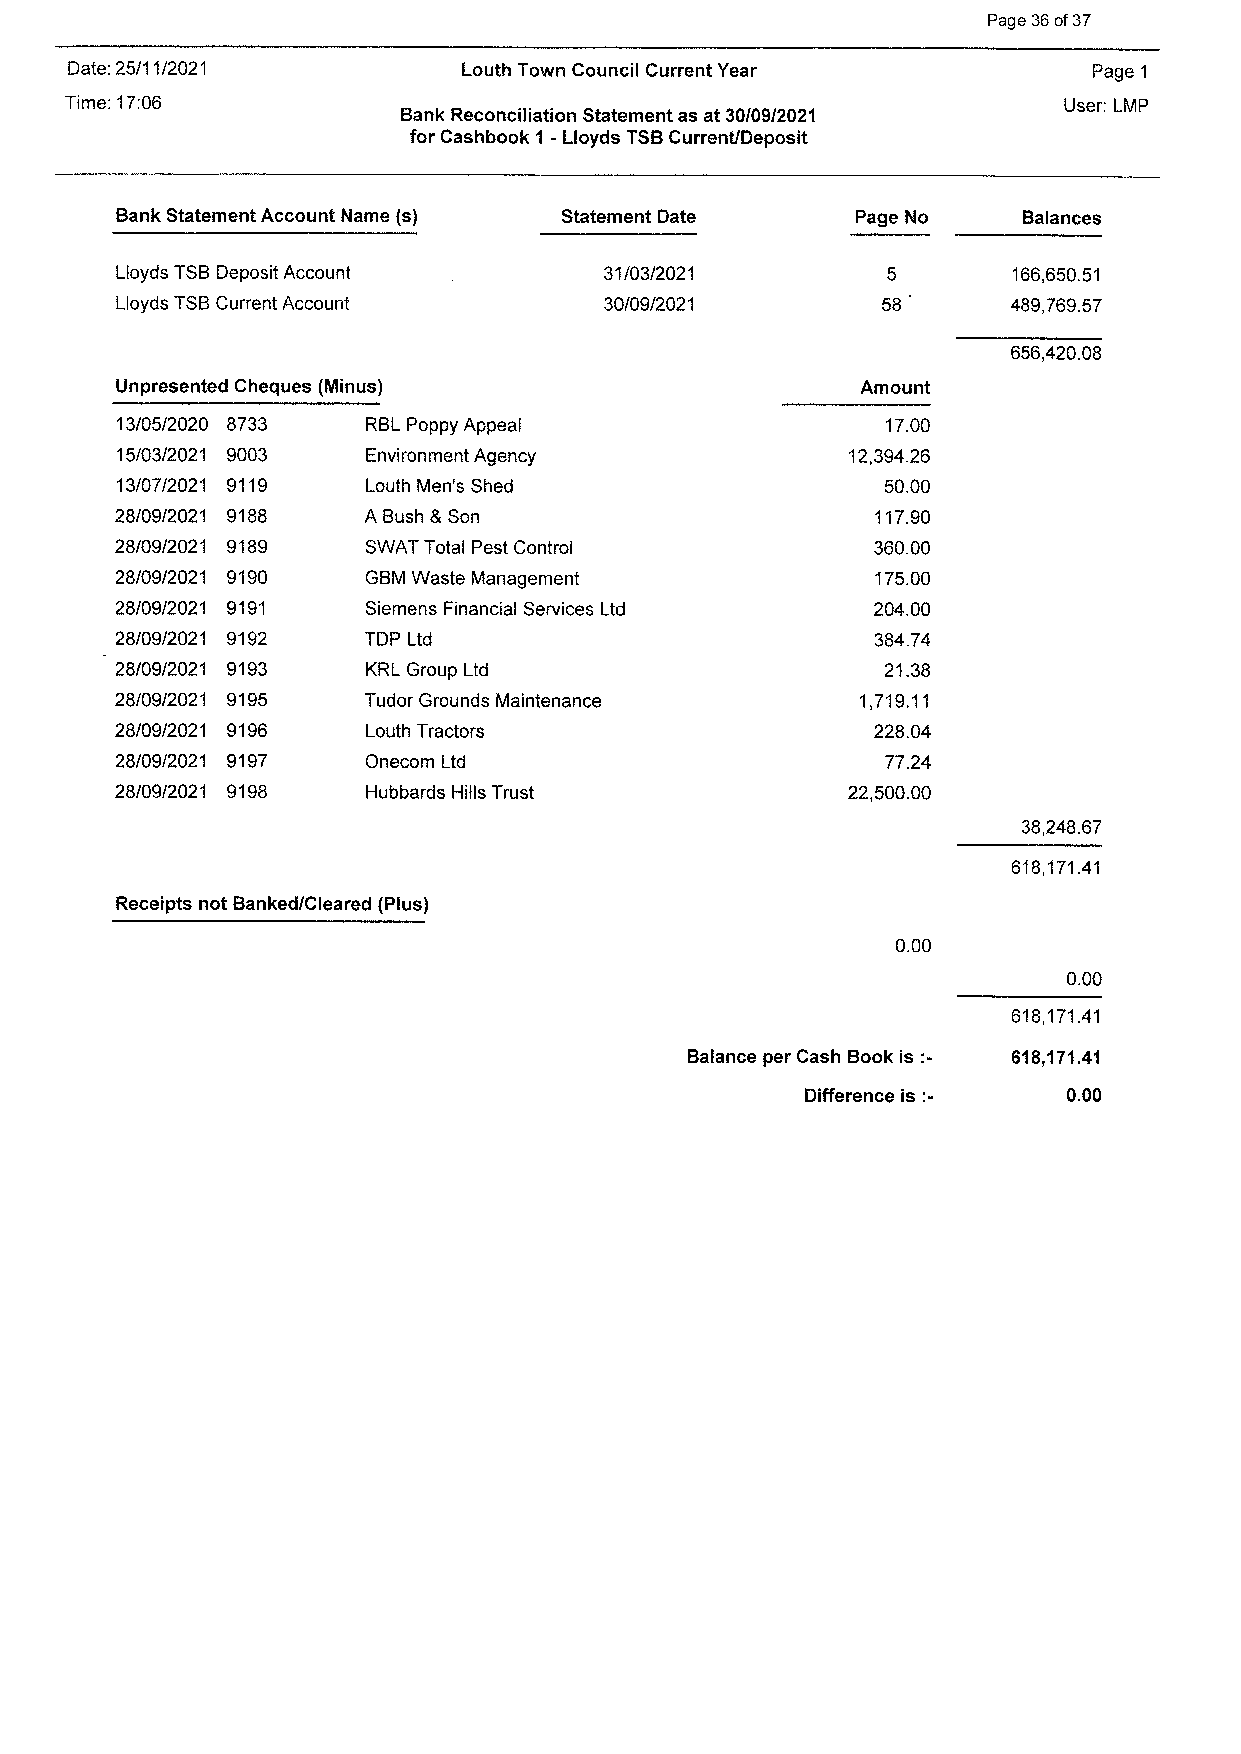
Page 36 of 37
 Date: 25/11/2021          Louth Town Council Current Year           Page 1
 Time: 17:06                                                       User: LMP
 Bank Reconciliation Statement as at 30/09/2021
 for Cashbook 1 - Lloyds TSB Current/Deposit
 Bank Statement Account Name (s) Statement Date   Page No    Balances
 Lloyds TSB Deposit Account      31/03/2021         5        166,650.51
 Lloyds TSB Current Account      30/09/2021         58'     489,769.57
 656,420.08
 Unpresented Cheques (Minus)                       Amount
 13/05/2020 8733  RBL Poppy Appeal                  17.00
 15/03/2021 9003  Environment Agency              12,394.26
 13/07/2021 9119  Louth Men's Shed                  50.00
 28/09/2021 9188  A Bush & Son                     117.90
 28/09/2021 9189  SWAT Total Pest Control          360.00
 28/09/2021 9190  GBM Waste Management             175.00
 28/09/2021 9191  Siemens Financial Services Ltd   204.00
 28/09/2021 9192  TDP Ltd                          384.74
 28/09/2021 9193  KRL Group Ltd                     21.38
 28/09/2021 9195  Tudor Grounds Maintenance       1,719.11
 28/09/2021 9196  Louth Tractors                   228.04
 28/09/2021 9197  Onecom Ltd                        77.24
 28/09/2021 9198  Hubbards Hills Trust            22,500.00
 38,248.67
 618,171.41
 Receipts not Banked/Cleared (Plus)
 0.00
 0.00
 618,171.41
 Balance per Cash Book is :- 618,171.41
 Difference is :- 0.00